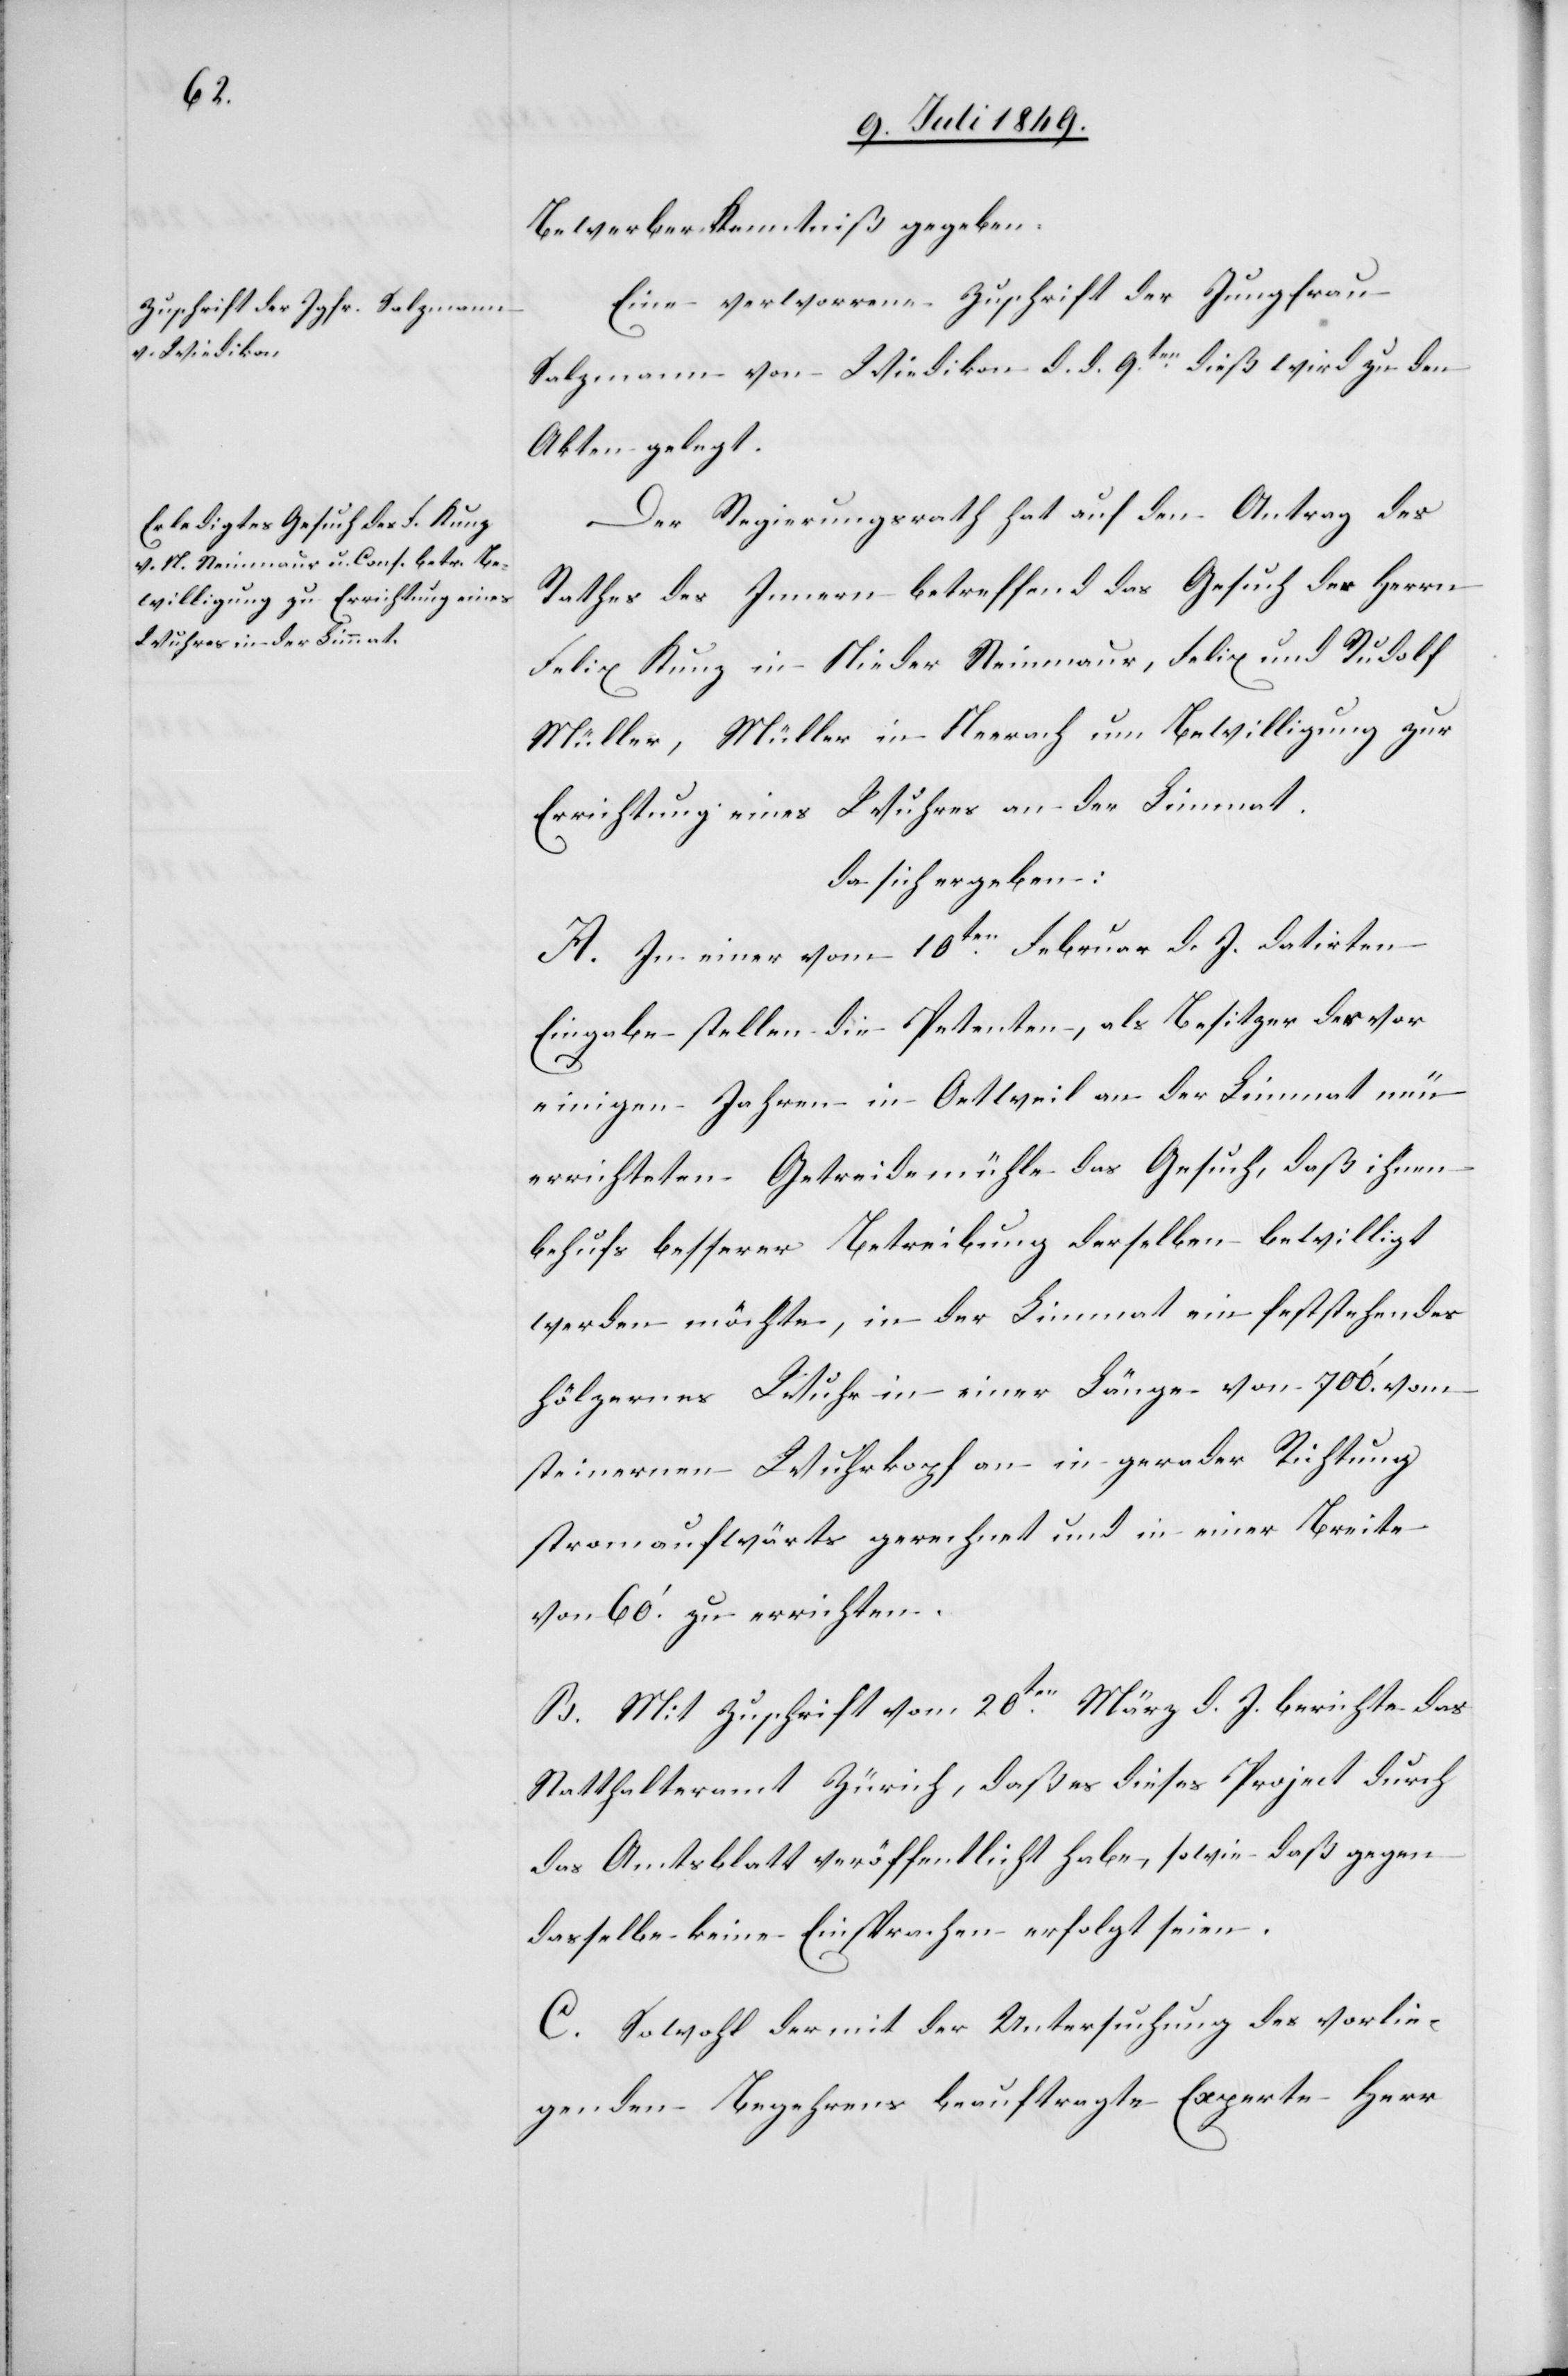
Bewerber Kenntniß gegeben.
Eine verworrene Zuschrift der Jungfrau
Salzmann von Wiedikon d. d. 9ten dieß wird zu den
Akten gelegt.
Der Regierungsrath hat auf den Antrag des
Rathes des Innern betreffend das Gesuch des Herrn
Felix Kunz in Nieder Steinmauer, Felix und Rudolf
Müller, Müller in Neerach um Bewilligung zur
Errichtung eines Wuhres an der Limmat.
da sich ergeben:
A. In einer vom 10ten Februar d. J. datirten
Eingabe stellen die Petenten, als Besitzer der vor
einigen Jahren in Oetweil an der Limmat neu
errichteten Getreidemühle das Gesuch, daß ihnen
behufs besserer Betreibung derselben bewilligt
werden möchte, in der Limmat ein feststehendes
hölzernes Wuhr in einer Länge von 700.‘ vom
steinern Wuhrkopf in gerader Richtung
stromaufwärts gerechnet und in einer Breite
von 60.‘ zu errichten.
B. Mit Zuschrift vom 20ten März d. J. berichte das
Statthalteramt Zürich, daß es dieses Project durch
das Amtsblatt veröffentlich habe, sowie daß gegen
dasselbe keine Einsprachen erfolgt seien.
C. Sowohl der mit der Untersuchung des vorlie¬
genden Begehrens beauftragte Experte Herr